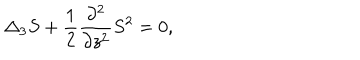
\Delta _ { 3 } S + \frac { 1 } { 2 } \frac { \partial ^ { 2 } } { \partial z ^ { 2 } } S ^ { 2 } = 0 ,